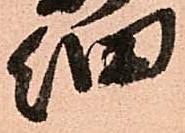
細